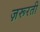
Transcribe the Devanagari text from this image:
ज़रूरती